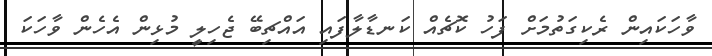
ވާހަކައިން ރެކިގަތުމަށް ފަހު ކޮޗެއް ކަނޑާލާފައި އައްޗިބޭ ޖެހިލީ މުޅިން އެހެން ވާހަކަ